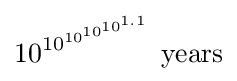
10^{10^{10^{10^{10^{1.1}}}}}{\mbox{ years}}